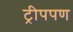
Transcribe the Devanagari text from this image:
ट्रीपपण